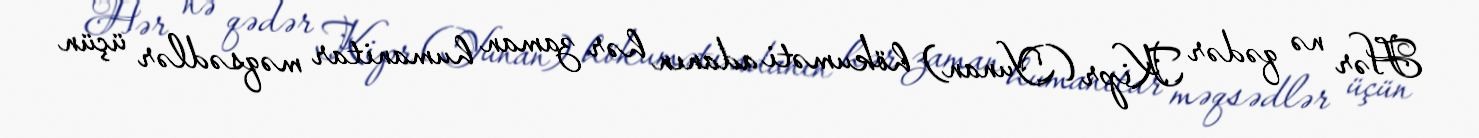
Hər nə qədər Kipr (Yunan) hökuməti adanın hər zaman humanitar məqsədlər üçün